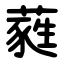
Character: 蕤